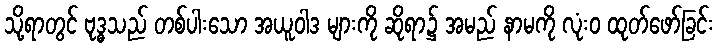
သို့ရာတွင် ဗုဒ္ဓသည် တစ်ပါးသော အယူဝါဒ များကို ဆိုရာ၌ အမည် နာမကို လုံးဝ ထုတ်ဖော်ခြင်း